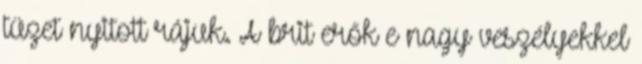
tüzet nyitott rájuk. A brit erők e nagy veszélyekkel